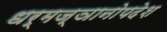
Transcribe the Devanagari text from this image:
धर्मज्ञानोपदेश